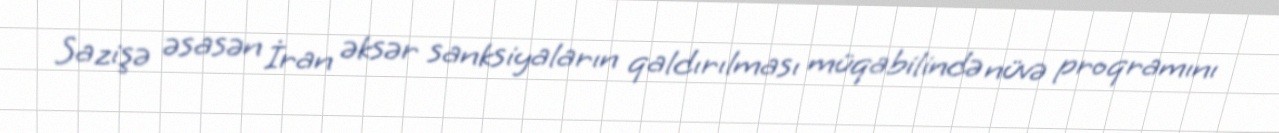
Sazişə əsasən İran əksər sanksiyaların qaldırılması müqabilində nüvə proqramını